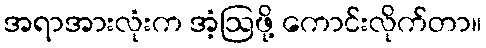
အရာအားလုံးက အံ့ဩဖို့ ကောင်းလိုက်တာ။